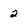
Character: 2